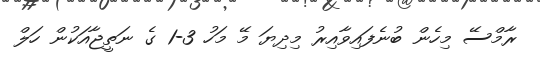
ރާމްސޭ މިހެން ބުނެފައިވާއިރު މިދިޔަ މޭ މަހު 3-1 ގެ ނަތީޖާއަކުން ހަލް